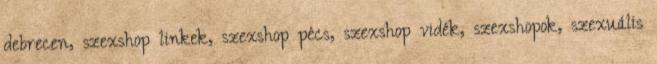
debrecen, szexshop linkek, szexshop pécs, szexshop vidék, szexshopok, szexuális